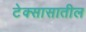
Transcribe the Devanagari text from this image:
टेक्सासातील